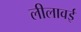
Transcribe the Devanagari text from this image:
लीलावई